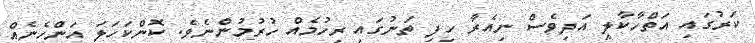
ކަރުގައި އަތްހާކާލީ އަދިވެސް ނިއެރާ ހިފި ތަނުގައި ރިހުމެއް ހުރުމުންނެވެ. ކޮންކަހަލަ އަންހެނެއް